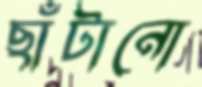
ছাঁটানো